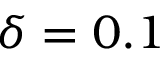
\delta = 0 . 1